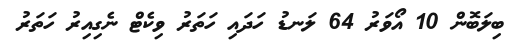
ބިލަބޮން 10 އޯވަރު 64 ލަނޑު ހަދައި ހަތަރު ވިކެޓް ނެގިއިރު ހަތަރު